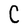
Character: C